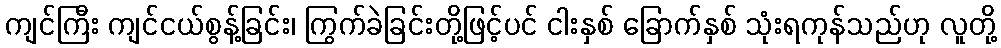
ကျင်ကြီး ကျင်ငယ်စွန့်ခြင်း၊ ကြွက်ခဲခြင်းတို့ဖြင့်ပင် ငါးနှစ် ခြောက်နှစ် သုံးရကုန်သည်ဟု လူတို့